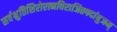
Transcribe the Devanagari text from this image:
सर्वश्रुतिशिरोरत्नविराजितपदांबुजम्